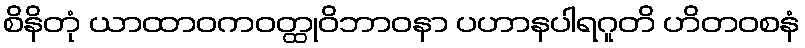
စိနိတုံ ယာထာဝကဝတ္ထုဝိဘာဝနာ ပဟာနပါရဂူတိ ဟိတဝစနံ